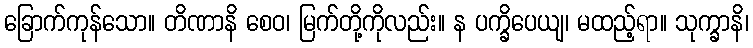
ခြောက်ကုန်သော။ တိဏာနိ စေဝ၊ မြက်တို့ကိုလည်း။ န ပက္ခိပေယျ၊ မထည့်ရာ။ သုက္ခာနိ၊